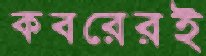
কবরেরই